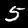
Label: 5